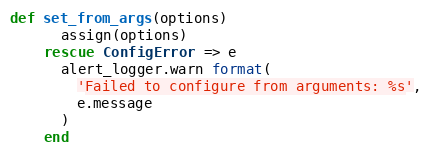
Language: Ruby
def set_from_args(options)
      assign(options)
    rescue ConfigError => e
      alert_logger.warn format(
        'Failed to configure from arguments: %s',
        e.message
      )
    end